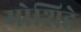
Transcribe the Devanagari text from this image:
मोशिडे